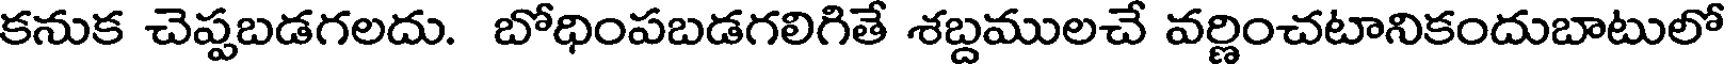
కనుక చెప్పబడగలదు. బోధింపబడగలిగితే శబ్దములచే వర్ణించటానికందుబాటులో